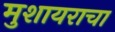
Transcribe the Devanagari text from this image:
मुशायराचा